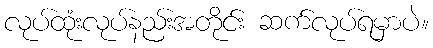
လုပ်ထုံးလုပ်နည်းအတိုင်း ဆက်လုပ်ရမှာပဲ။